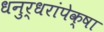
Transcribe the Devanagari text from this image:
धनुर्धरांपेक्षा